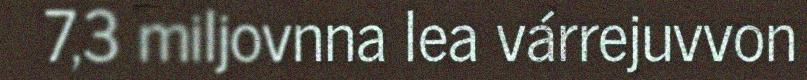
7,3 miljovnna lea várrejuvvon